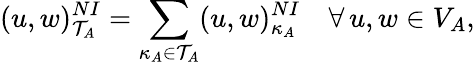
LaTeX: (u,w)_{\mathcal{T}_{A}}^{NI}=\sum_{\kappa_{A}\in\mathcal{T}_{A}}(u,w)_{\kappa_{A}}^{NI}\quad\forall\, u,w\in V_{A},